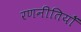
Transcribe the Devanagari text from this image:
रणनीतियोँ